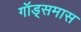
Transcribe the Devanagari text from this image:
गॉड्समास